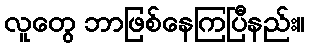
လူတွေ ဘာဖြစ်နေကြပြီနည်း။